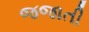
જજાતી